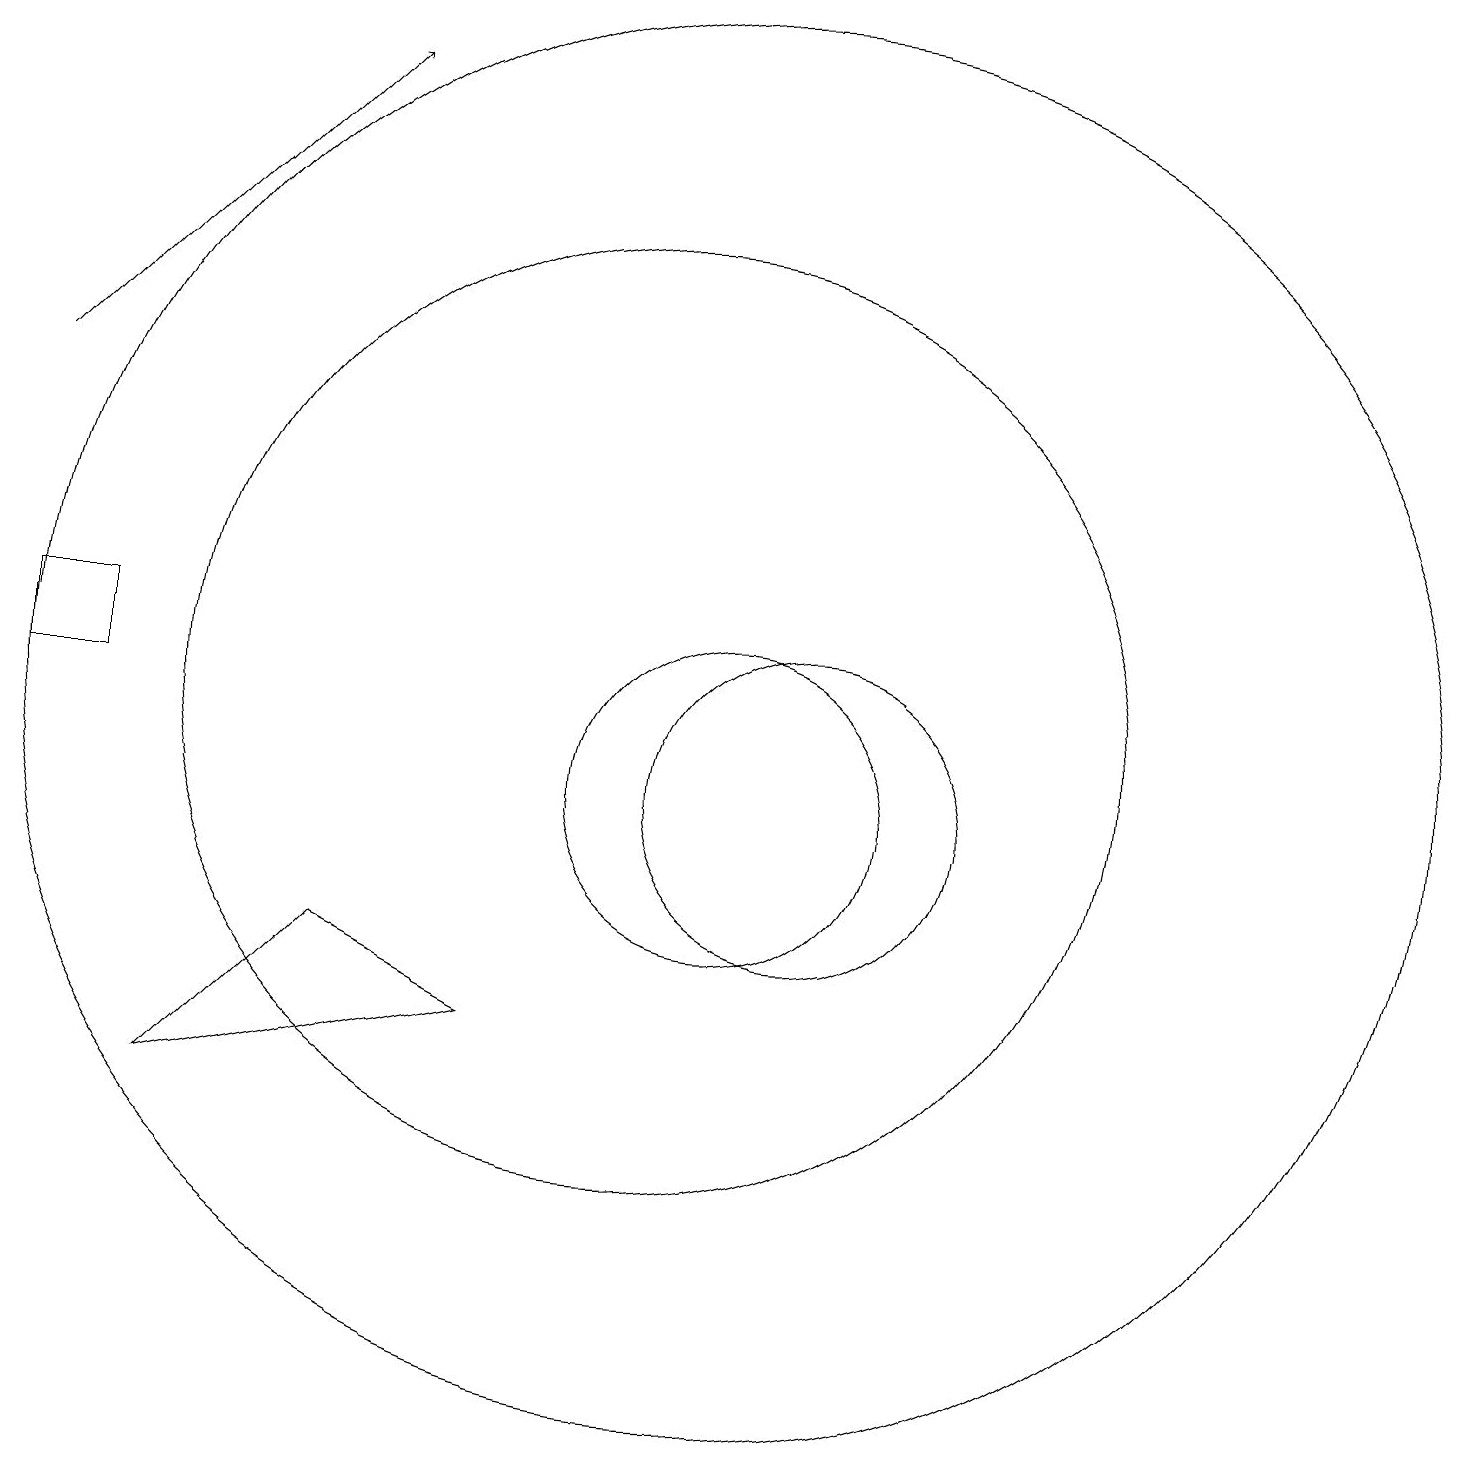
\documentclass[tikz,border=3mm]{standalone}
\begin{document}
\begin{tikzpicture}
\draw (11,11) circle (9);
\draw (10,11) circle (6);
\draw (11,10) circle (2);
\draw[->] (2,15) -- (6,19);
\draw (12,10) circle (2);
\draw (3,11) rectangle (2,12);
\draw (8,7) -- (6,8) -- (4,6) -- cycle;
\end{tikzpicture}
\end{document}